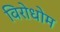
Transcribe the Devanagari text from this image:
विरोधोम